Report of the Indian Hemp Drugs Commission, 1894-1895 - Volume I
Year: 1894
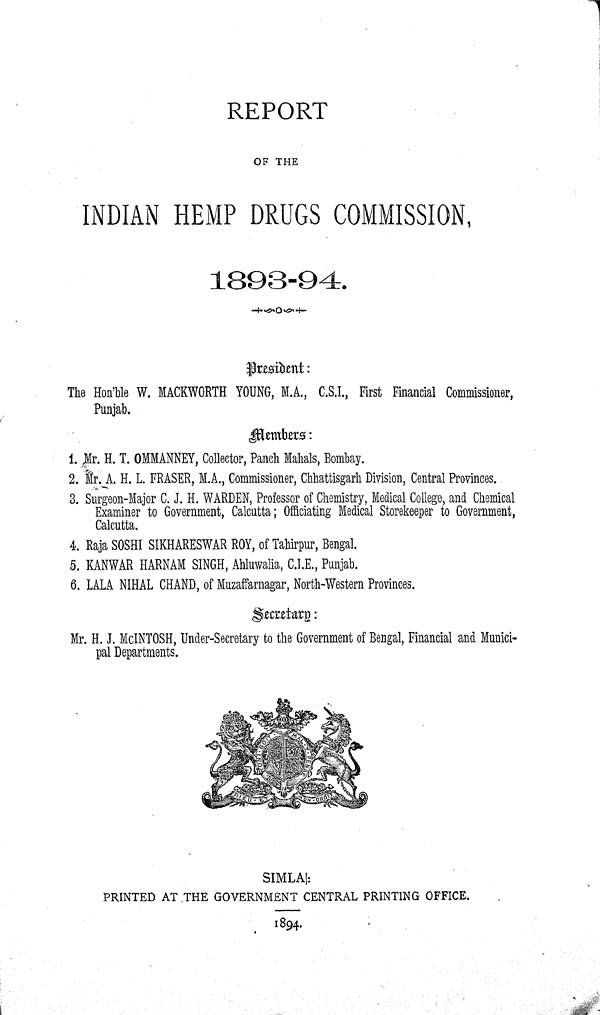
REPORT
OF THE
INDIAN HEMP DRUGS COMMISSION,
1893-94.
President:
The Hon'ble W. MACKWORTH YOUNG, M.A., C.S.I., First Financial Commissioner,
Punjab.
Members:
1. Mr. H. T. OMMANNEY, Collector, Panch Mahals, Bombay.
2. Mr. A. H. L. FRASER, M.A., Commissioner, Chhattisgarh Division, Central Provinces..
3. Surgeon-Major C. J. H. WARDEN, Professor of Chemistry, Medical College, and Chemical
Examiner to Government, Calcutta; Officiating Medical Storekeeper to Government,
Calcutta.
4. Raja SOSHI SIKHARESWAR ROY, of Tahirpur, Bengal.
5. KANWAR HARNAM SINGH, Ahluwalia, C.I.E., Punjab.
6. LALA NIHAL CHAND, of Muzaffarnagar, North-Western Provinces.
Secretary:
Mr. H. J. McINTOSH, Under-Secretary to the Government of Bengal, Financial and Munici-
pal Departments.
SIMLA|:
PRINTED AT THE GOVERNMENT CENTRAL PRINTING OFFICE.
1894.